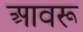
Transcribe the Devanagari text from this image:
आवरू